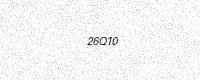
Text: 26Q10